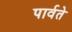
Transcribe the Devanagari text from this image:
पार्वते